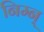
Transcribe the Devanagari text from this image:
निम्न्